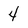
Character: 4